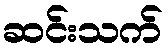
ဆင်းသက်